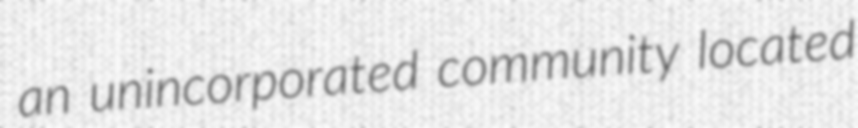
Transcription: an unincorporated community located